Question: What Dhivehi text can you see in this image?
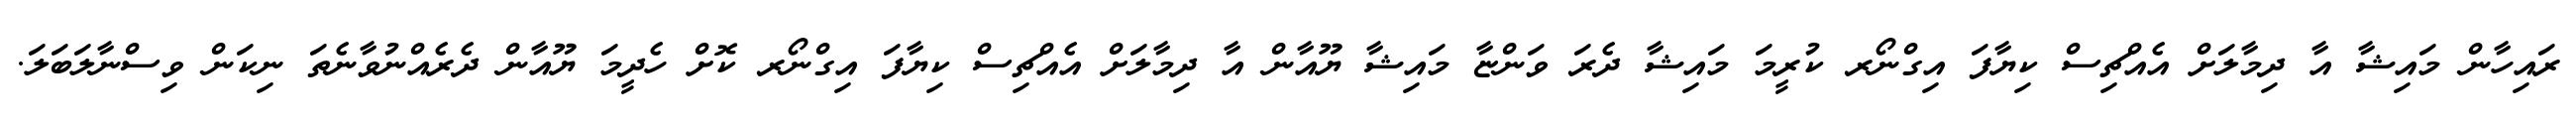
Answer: ރައިހާން މައިޝާ އާ ދިމާލަށް އެއްޗިސް ކިޔާފަ އިގްނޯރ ކުރީމަ މައިޝާ ދެރަ ވަންޏާ މައިޝާ ޔޫއާން އާ ދިމާލަށް އެއްޗިސް ކިޔާފަ އިގްނޯރ ކޮށް ހެދީމަ ޔޫއާން ދެރެއްނުވާނެތަ ނިކަން ވިސްނާލަބަލަ.